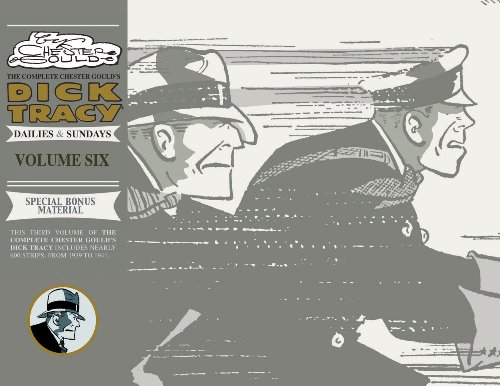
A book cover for Complete Chester Gould's Dick Tracy Volume 6; Chester Gould; Humor & Entertainment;